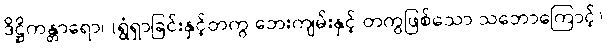
ဒိဋ္ဌိကန္တာရော၊ (ရွံရှာခြင်းနှင့်တကွ ဘေးကျမ်းနှင့် တကွဖြစ်သော သဘောကြောင့်)